Report on horse surra - Volume I
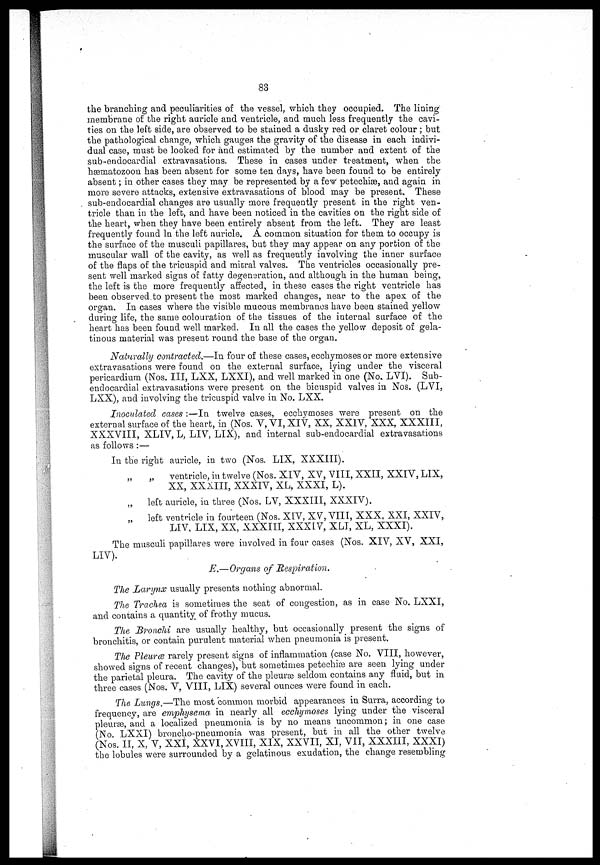
83
the branching and peculiarities of the vessel, which they occupied. The lining
membrane of the right auricle and ventricle, and much less frequently the cavi-
ties on the left side, are observed to be stained a dusky red or claret colour; but
the pathological change, which gauges the gravity of the disease in each indivi-
dual case, must be looked for and estimated by the number and extent of the
sub-endocardial extravasations. These in cases under treatment, when the
hæmatozoon has been absent for some ten days, have been found to be entirely
absent; in other cases they may be represented by a few petechiæ, and again in
more severe attacks, extensive extravasations of blood may be present. These
sub-endocardial changes are usually more frequently present in the right ven-
tricle than in the left, and have been noticed in the cavities on the right side of
the heart, when they have been entirely absent from the left. They are least
frequently found In the left auricle. A common situation for them to occupy is
the surface of the musculi papillares, but they may appear on any portion of the
muscular wall of the cavity, as well as frequently involving the inner surface
of the flaps of the tricuspid and mitral valves. The ventricles occasionally pre-
sent well marked signs of fatty degeneration, and although in the human being,
the left is the more frequently affected, in these cases the right ventricle has
been observed to present the most marked changes, near to the apex of the
organ. In cases where the visible mucous membranes have been stained yellow
during life, the same colouration of the tissues of the internal surface of the
heart has been found well marked. In all the cases the yellow deposit of gela-
tinous material was present round the base of the organ.
Naturally contracted.—In four of these cases, ecchymoses or more extensive
extravasations were found on the external surface, lying under the visceral
pericardium (Nos. III, LXX, LXXI), and well marked in one (No. LVI). Sub-
endocardial extravasations were present on the bicuspid valves in Nos. (LVI,
LXX), and involving the tricuspid valve in No. LXX.
Inoculated cases:—In twelve cases, ecchvmoses were present on the
external surface of the heart, in (Nos. V, VI, XIV, XX, XXIV, XXX, XXXIII,
XXXVIII, XLIV, L, LIV, LIX), and internal sub-endocardial extravasations
as follows:—
In the right auricle, in two (Nos. LIX, XXXIII).
„
„
ventricle, in twelve (Nos. XIV, XV, VIII, XXII, XXIV, LIX,
XX, XXXIII, XXXIV, XL, XXXI, L),
„
left auricle, in three (Nos. LV, XXXIII, XXXIV).
„
left ventricle in fourteen (Nos. XIV, XV, VIII, XXX, XXI, XXIV,
LIV, LIX, XX, XXXIII, XXXIV, XLI, XL, XXXI).
The musculi papillares were involved in four cases (Nos. XIV, XV, XXI,
LIV).
E.—Organs of Respiration.
The Larynx usually presents nothing abnormal.
The Trachea is sometimes the seat of congestion, as in case No. LXXI,
and contains a quantity of frothy mucus.
The Bronchi are usually healthy, but occasionally present the signs of
bronchitis, or contain purulent material when pneumonia is present.
TJie Pleurae rarely present signs of inflammation (case No. VIII, however,
showed signs of recent changes), but sometimes petechias are seen lying under
the parietal pleura. The cavity of the pleurae seldom contains any fluid, but in
three cases (Nos. V, VIII, LIX) several ounces were found in each.
The Lungs,—The most common morbid appearances in Surra, according to
frequency, are emphysema in nearly all ecchymoses lying under the visceral
pleurae, and a localized pneumonia is by no means uncommon; in one case
(No. LXXI) broncho-pneumonia was present, but in all the other twelve
(Nos. II, X, V, XXI, XXVI, XVIII, XIX, XXVII, XI, VII, XXXIII, XXXI)
the lobules were surrounded by a gelatinous exudation, the change resembling